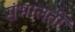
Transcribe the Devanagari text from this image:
संभालतीं